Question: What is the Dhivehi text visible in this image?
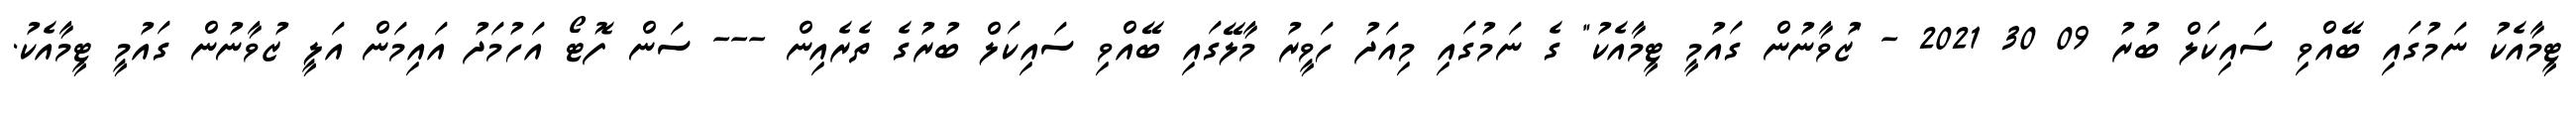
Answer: ޓީމާއެކު ނަމުގައި ބޭއްވި ސައިކަލް ބުރު 09 30 2021 - "ޒުވާނުން ގައުމީ ޓީމާއެކު" ގެ ނަމުގައި މިއަދު ހަވީރު މާލޭގައި ބޭއްވި ސައިކަލް ބުރުގެ ތެރެއިން --- ސަން ފޮޓޯ އަހުމަދު އައިމަން އަލީ ޒުވާނުން ގައުމީ ޓީމާއެކު.